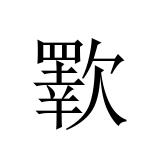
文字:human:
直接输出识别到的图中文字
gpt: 歝